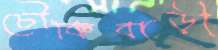
চৌকিবাড়ী